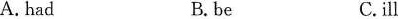
A. hadB. beC.ill